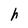
Character: h